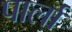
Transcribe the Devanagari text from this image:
पार्ला